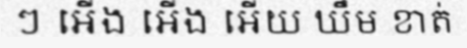
ៗ អើង អើង អើយ ឃឹម ខាត់